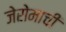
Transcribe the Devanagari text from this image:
जेरोमाची